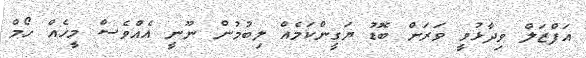
އަފްޒަލް ވިދާޅުވީ ވަރަށް ބޮޑު ޔަގީންކަމެއް ލިބުމުން ނޫނީ އެއްވެސް މީހެއް ހޯމް